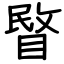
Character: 睯